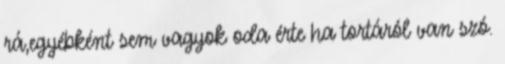
rá,egyébként sem vagyok oda érte ha tortáról van szó.